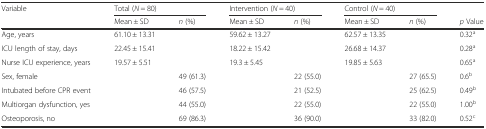
<table><thead><tr><td><b>Variable</b></td><td colspan="2"><b>Total (<i>N</i> = 80)</b></td><td colspan="2"><b>Intervention (<i>N</i> = 40)</b></td><td colspan="2"><b>Control (<i>N</i> = 40)</b></td><td>[EMPTY_CELL]</td></tr><tr><td>[EMPTY_CELL]</td><td><b>Mean ± SD</b></td><td><b><i>n</i> (%)</b></td><td><b>Mean ± SD</b></td><td><b><i>n</i> (%)</b></td><td><b>Mean ± SD</b></td><td><b><i>n</i> (%)</b></td><td><b><i>p</i> Value</b></td></tr></thead><tbody><tr><td>Age, years</td><td>61.10 ± 13.31</td><td>[EMPTY_CELL]</td><td>59.62 ± 13.27</td><td>[EMPTY_CELL]</td><td>62.57 ± 13.35</td><td>[EMPTY_CELL]</td><td>0.32<sup>a</sup></td></tr><tr><td>ICU length of stay, days</td><td>22.45 ± 15.41</td><td>[EMPTY_CELL]</td><td>18.22 ± 15.42</td><td>[EMPTY_CELL]</td><td>26.68 ± 14.37</td><td>[EMPTY_CELL]</td><td>0.28<sup>a</sup></td></tr><tr><td>Nurse ICU experience, years</td><td>19.57 ± 5.51</td><td>[EMPTY_CELL]</td><td>19.3 ± 5.45</td><td>[EMPTY_CELL]</td><td>19.85 ± 5.63</td><td>[EMPTY_CELL]</td><td>0.65<sup>a</sup></td></tr><tr><td>Sex, female</td><td>[EMPTY_CELL]</td><td>49 (61.3)</td><td>[EMPTY_CELL]</td><td>22 (55.0)</td><td>[EMPTY_CELL]</td><td>27 (65.5)</td><td>0.6<sup>b</sup></td></tr><tr><td>Intubated before CPR event</td><td>[EMPTY_CELL]</td><td>46 (57.5)</td><td>[EMPTY_CELL]</td><td>21 (52.5)</td><td>[EMPTY_CELL]</td><td>25 (62.5)</td><td>0.49<sup>b</sup></td></tr><tr><td>Multiorgan dysfunction, yes</td><td>[EMPTY_CELL]</td><td>44 (55.0)</td><td>[EMPTY_CELL]</td><td>22 (55.0)</td><td>[EMPTY_CELL]</td><td>22 (55.0)</td><td>1.00<sup>b</sup></td></tr><tr><td>Osteoporosis, no</td><td>[EMPTY_CELL]</td><td>69 (86.3)</td><td>[EMPTY_CELL]</td><td>36 (90.0)</td><td>[EMPTY_CELL]</td><td>33 (82.0)</td><td>0.52<sup>c</sup></td></tr></tbody></table>